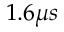
1 . 6 \mu s